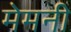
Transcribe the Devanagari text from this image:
मेमनी